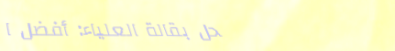
محل بقالة العلياء: أفضل ا